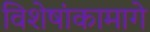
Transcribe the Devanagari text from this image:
विशेषांकामागे